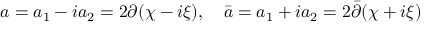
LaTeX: a = a _ { 1 } - i a _ { 2 } = 2 \partial ( \chi - i \xi ) , \quad \bar { a } = a _ { 1 } + i a _ { 2 } = 2 \bar { \partial } ( \chi + i \xi )